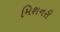
મિશનરી